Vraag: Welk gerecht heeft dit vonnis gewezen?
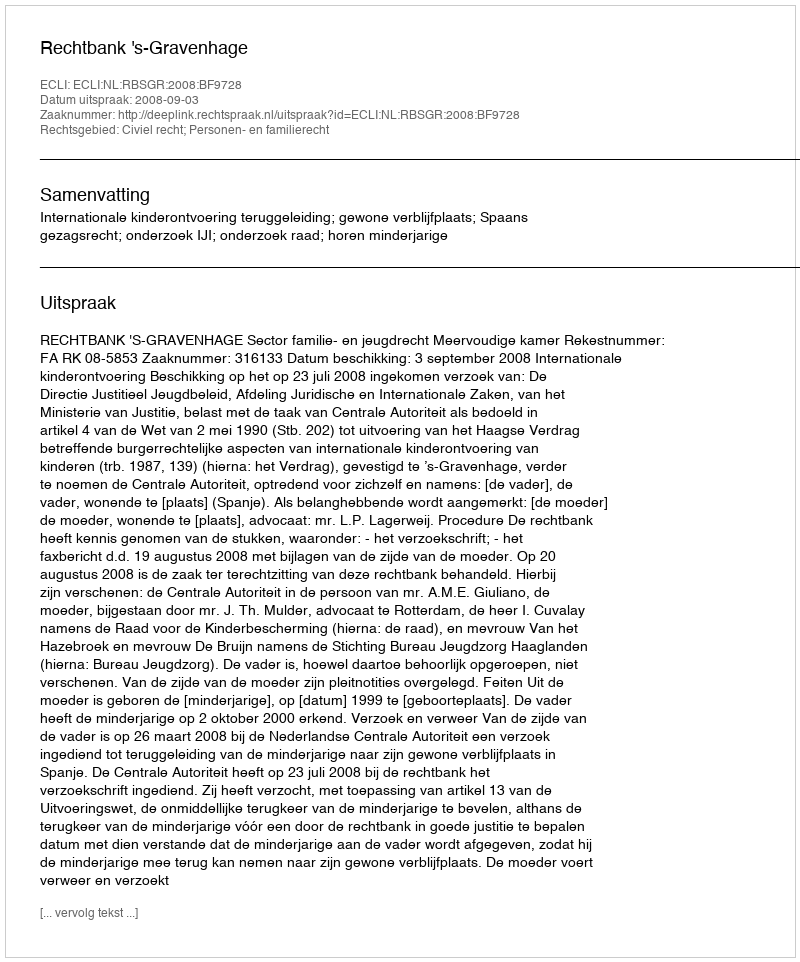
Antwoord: Rechtbank 's-Gravenhage